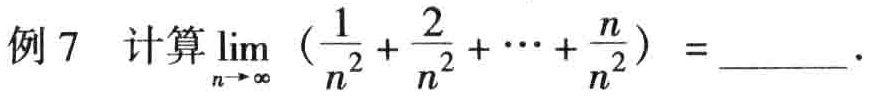
例 7  计算$\lim_{n \to \infty}(\frac{1}{n^{2}}+\frac{2}{n^{2}}+\cdots+\frac{n}{n^{2}}) =$______.